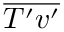
\overline { { T ^ { \prime } v ^ { \prime } } }